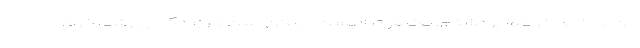
من به خانه خودم برگشتم. یک فوتبالیست ممکن است در زندگی ورزشی خود